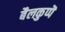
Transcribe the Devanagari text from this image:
बैलकुप्पॆ